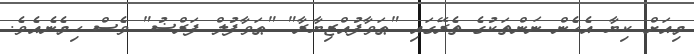
މިއަށް ކިޔާ އެހެން ނަންތަކުގެ ތެރޭގައި "ޠަވާފުއްޒިޔާރާ" "ޠަވާފުލް ފަރްޟު" ވެސް ހިމެނެއެވެ.